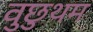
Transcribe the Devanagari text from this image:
वुछुथम